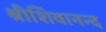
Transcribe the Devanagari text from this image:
श्रीशिवानन्द